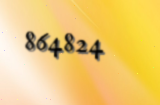
864824